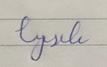
Signature authenticity: forged